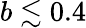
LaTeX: b\lesssim 0.4